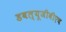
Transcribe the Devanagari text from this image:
डबल्यूजीबीएच